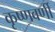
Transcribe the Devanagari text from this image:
कृष्णवर्णी